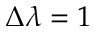
\Delta \lambda = 1